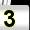
Digit: 3